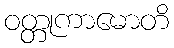
ဝတ္တုကာမောတိ